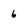
Character: 6